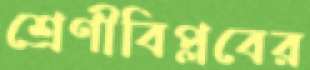
শ্রেণীবিপ্লবের